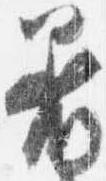
着